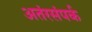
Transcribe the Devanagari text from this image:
अतंरसंपर्क